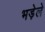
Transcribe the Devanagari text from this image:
भड़ेले